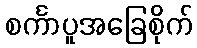
စင်္ကာပူအခြေစိုက်